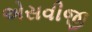
એસવીજી